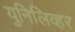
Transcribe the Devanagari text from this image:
युनिलिव्हर